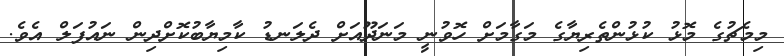
މިމެޗުގެ މޮޅު ކުޅުންތެރިޔާގެ މަގާމަށް ހޮވުނީ މަނަދޫއަށް ދެލަނޑު ކާމިޔާބުކޮށްދިން ނައުފަލް އެވެ.